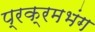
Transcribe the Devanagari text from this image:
प्रक्रमभंग